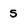
Character: 5